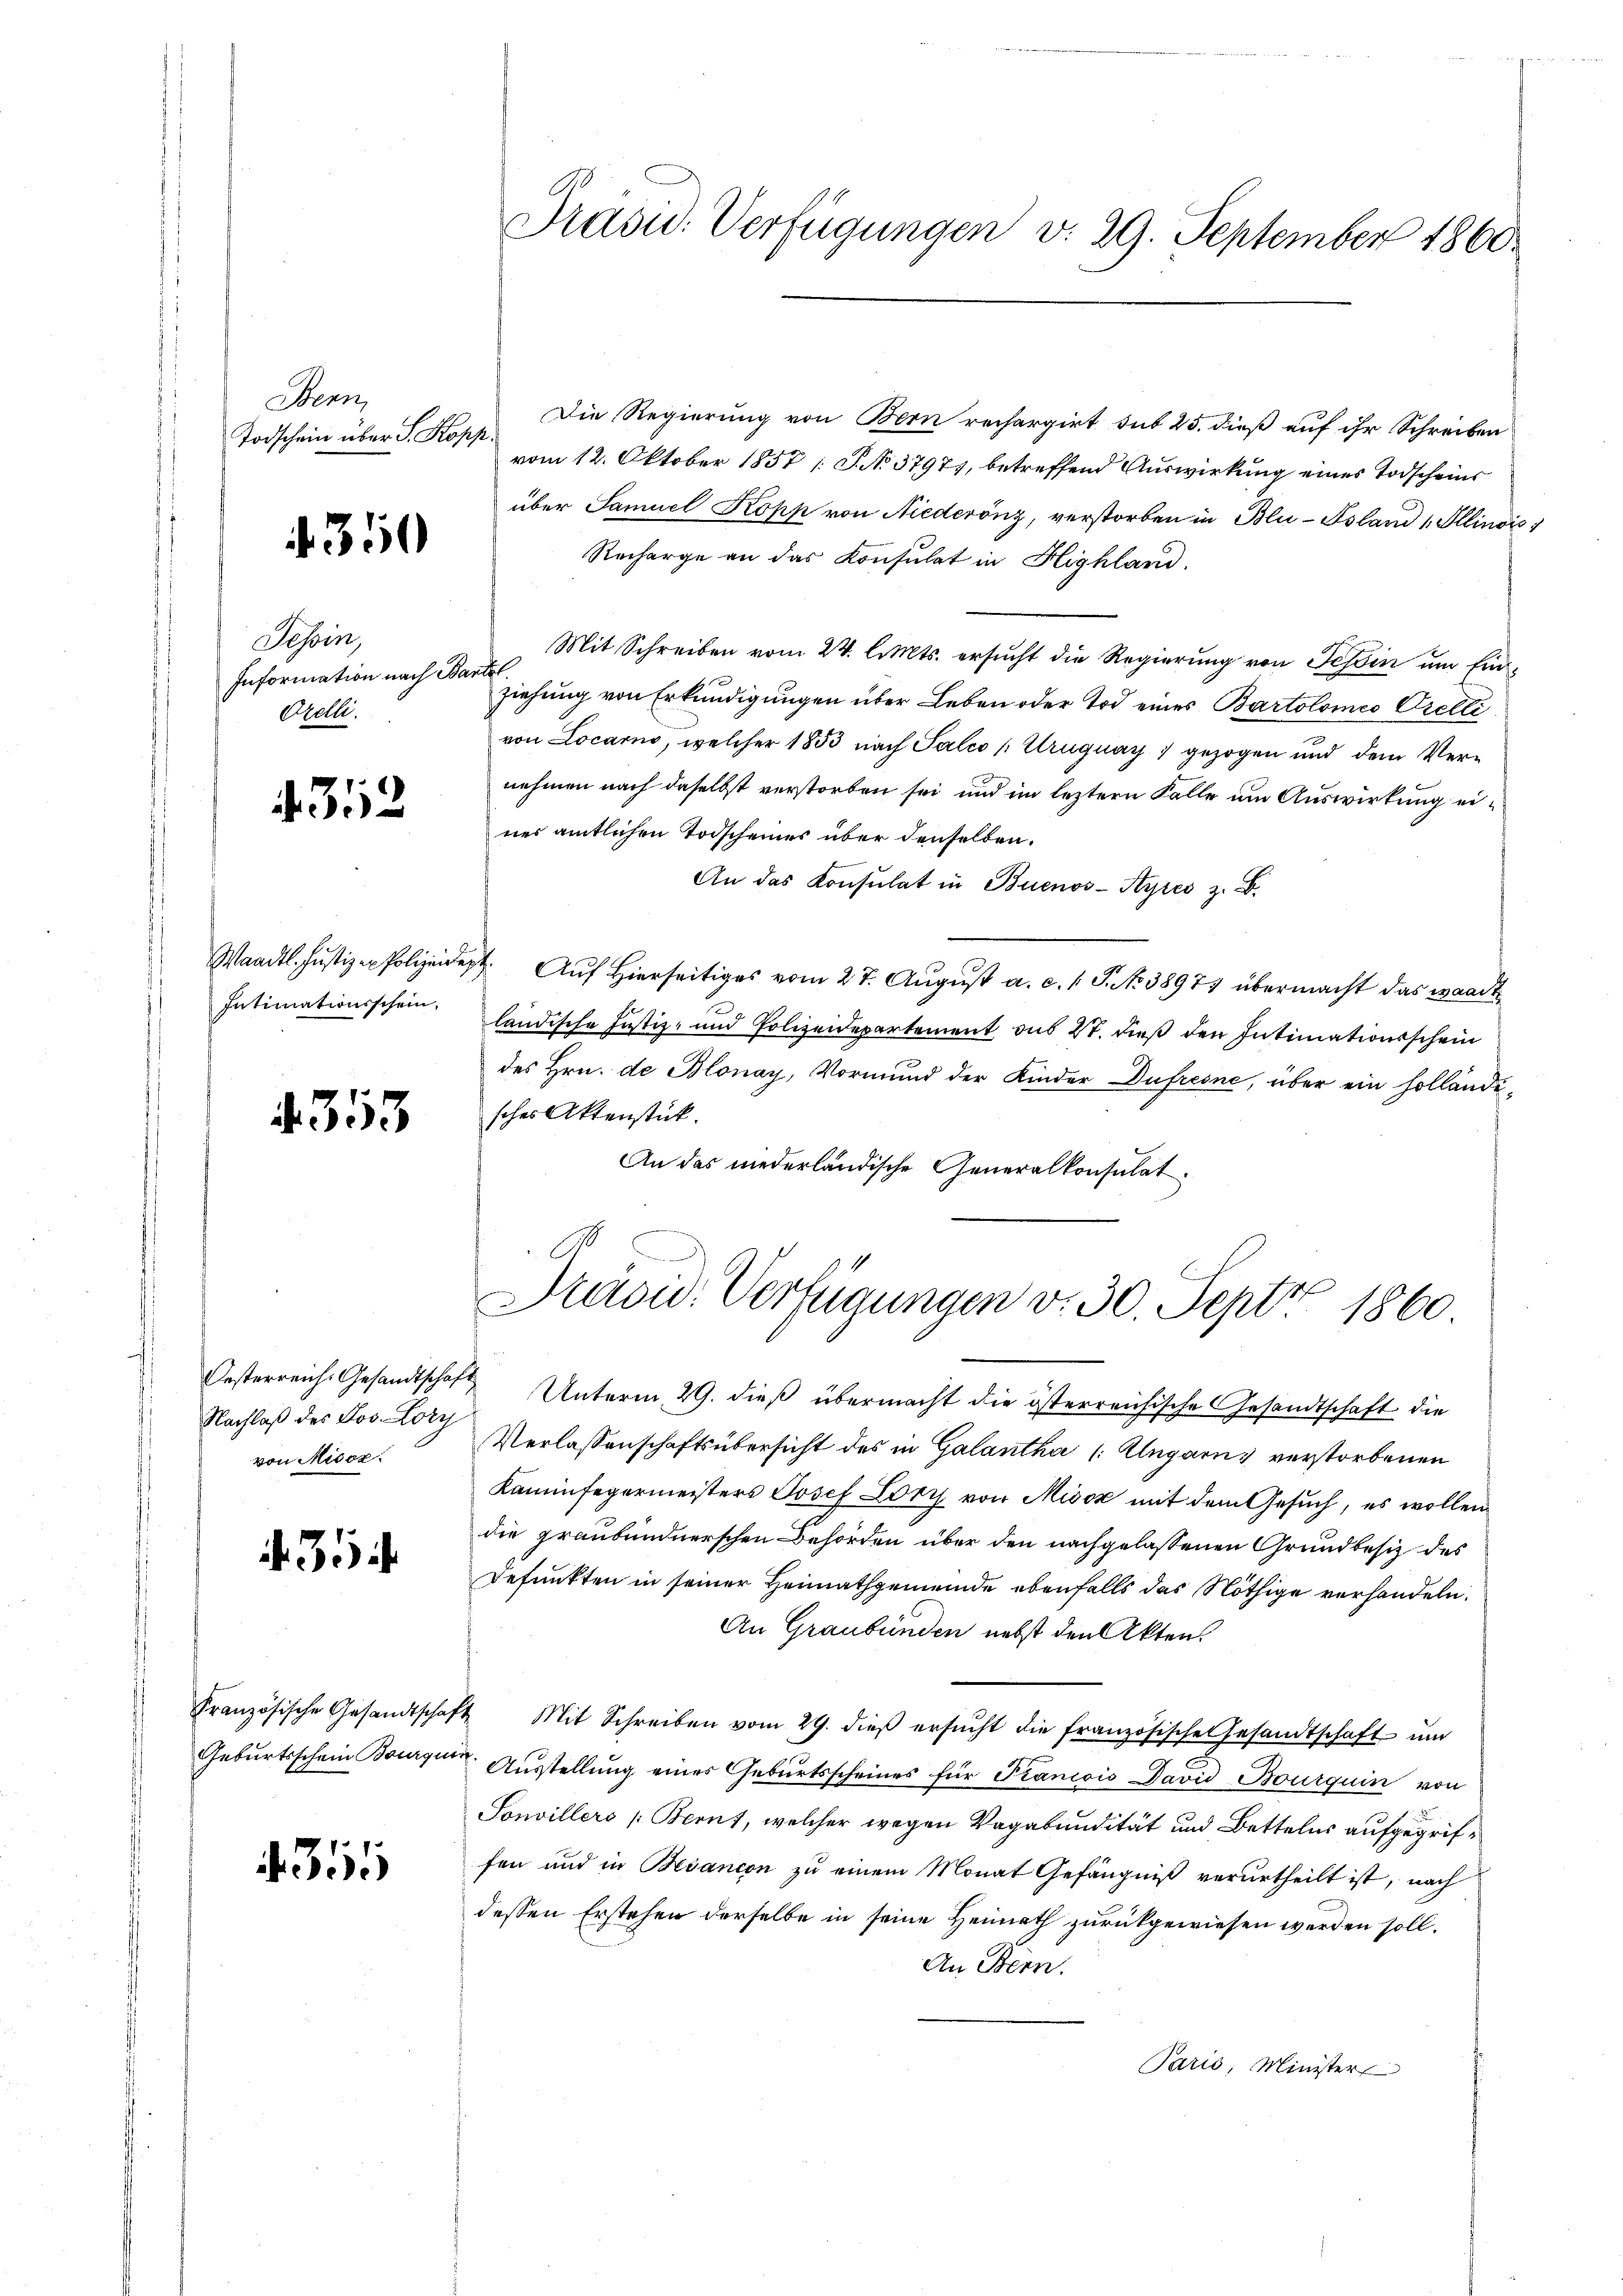
Benn
Todschein über S. Kopp.

350

Tessin,
Information nach Bantel.
Orelli.

43112

Intimationsschein.

. 313

Nachlaß der Jos. Lory
von Misoz.

35

Französische Gesandtschaf
Geburtsschein Bourgun

431

Präsu: Verfügungen v. 29. September 1860

Die Regierung von Bern rechargirt sit 25. dieß auf ihr Schreiben
vom 12. Oktober 1857 ( P. No. 3797), betreffend Auswirkung eines Todscheins
über Samuel Kopp von Niederönz, verstorben in Blu-Fsland 1. Illinois
Recharge an das Konsulat in Highland.
Mit Schreiben vom 24. l. Mts. ersucht die Regierung von Tessin um Einziehung von Erkundigungen über Leben oder Tod eines Bartolomeo Orelli
von Locarno, welcher 1853 nach Falco / Uruguay) gezogen und dem Vernehmen nach daselbst verstorben sei und im leztern Falle um Auswirkung eines amtlichen Todscheines über denselben.
An das Konsulat in Buenos-Ayres z. B.
Waadt Justiz - Polizeide Auf hierseits vom 27. August a. c. 1 S. 38971 übermacht das waadt
ländische Justiz- und Polizeidepartement aus 2. dieß den Intimationsschein
des Hrn. de Blonay, Vormund der Kinder Dufresne, über ein holländisches Aktenstück.
An das niederländische Generalkonsulat
A

Putsid. Verfügungen v. 30. Sept 1860.

Oesterreich Gesandtschaft Unterm 29. dieß übermacht die österreichische Gesandtschaft die
Verlassenschaftsübersicht des in Galantha (: Ungarns verstorbenen
Kaminfegermeisters Josef Lory von Misox mit dem Gesuch, es wollen
die graubündnerschen Behörden über den nachgelassenen Grundbesitz des
Defunkten in seiner Heimathgemeinde ebenfalls das Nöthige verhandeln.
An Graubünden nebst den Akten.
24 Mit Schreiben vom 29. dieβ ersŭcht die französische Gesandtschaft ŭm
Ausstellung eines Geburtsscheines für Prancois David Bourquin von
Sonvillers Bernt, welcher wegen Vagabundität und Bettelns aufgegriffen und in Besanion zu einem Monat Gefängniß verurtheilt ist, nach
dessen Erstehen derselbe in seine Heimath zurückgewiesen werden soll.
An Bern.
Paris, Minister